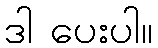
ဒါ ပေးပါ။